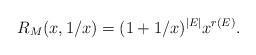
LaTeX: \begin{align*}R_M(x,1/x)=(1+1/x)^{|E|}x^{r(E)}.\end{align*}